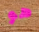
هو